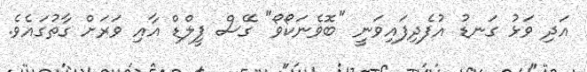
އަދި ވަޅު ގަނޑު އުފެދިފައިވަނީ "ބޮވެނަކޯވޯ" ގޭސް ފީލްޑް އާއި ވަރަށް ގާތުގައެވެ.